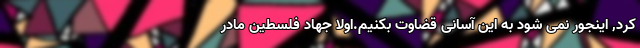
کرد, اینجور نمی شود به این آسانی قضاوت بکنیم.اولا جهاد فلسطین مادر